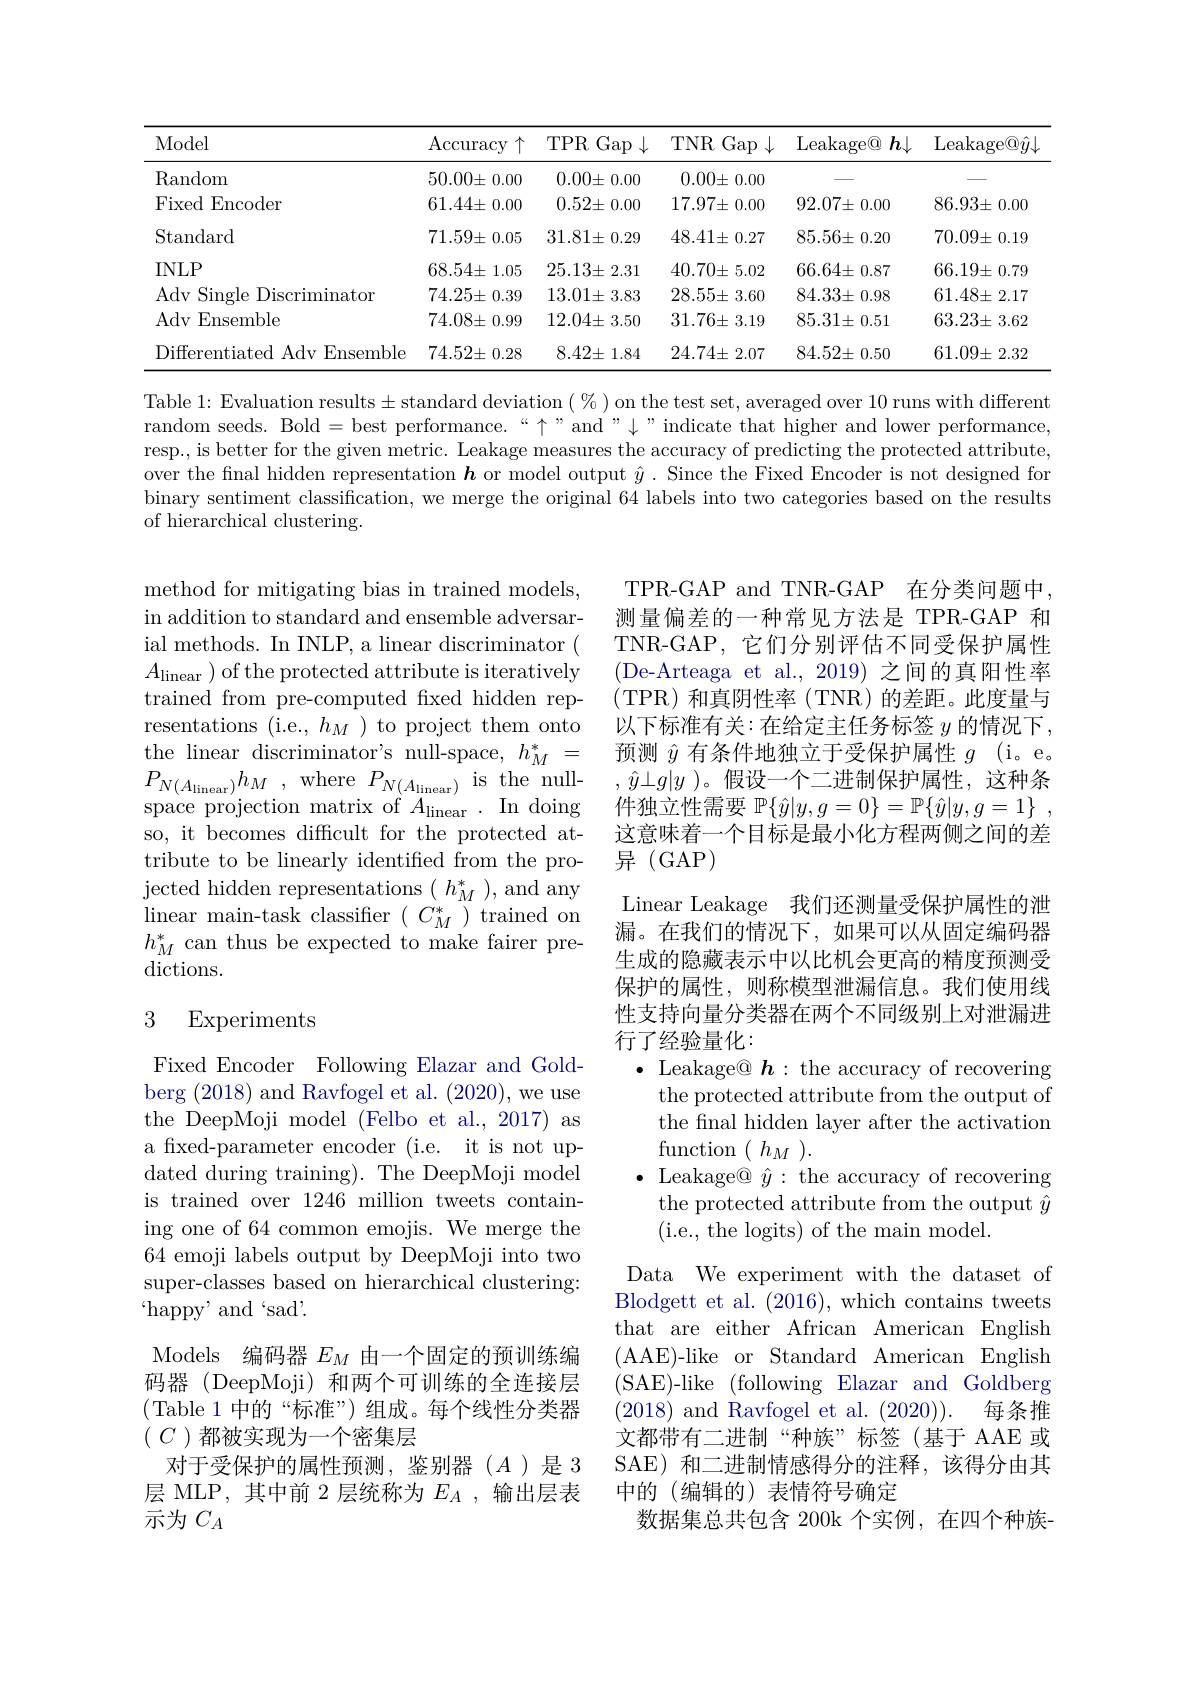
<table>
	<tbody>
		<tr>
			<th>Model</th>
			<th>$\operatorname{Accuracy}$ $\uparrow$</th>
			<th>TPR Gap</th>
			<th>TNR Gap</th>
			<th>Leakage@ $h\downarrow$ 1</th>
			<th>$\operatorname{Leakage@}\hat{y}\downarrow$</th>
		</tr>
		<tr>
			<td>Random</td>
			<td>$50.00\pm$ 0.00</td>
			<td>$0.00\pm$ :0.00 </td>
			<td>$0.00\pm$ =0.00</td>
			<td> </td>
			<td>\_</td>
		</tr>
		<tr>
			<td>Fixed Encoder</td>
			<td>$61.44\pm$ 0.00</td>
			<td>$0.52\pm$ $\vDash0.00$</td>
			<td>$17.97\pm0.00$</td>
			<td>$92.07\pm0.00$</td>
			<td>$86.93\pm$ 0.00 1</td>
		</tr>
		<tr>
			<td>Standard</td>
			<td>$71.59\pm$ 0.05</td>
			<td>$31.81\pm0.29$</td>
			<td>$48.41\pm0.27$</td>
			<td>$85.56\pm0.20$</td>
			<td>$70.09\pm$ $\vDash0.19$</td>
		</tr>
		<tr>
			<td>$INLP$</td>
			<td>$68.54\pm$ :1.05</td>
			<td>$25.13\pm2.31$</td>
			<td>$40.70\pm5.02$</td>
			<td>$66.64\pm0.87$</td>
			<td>$66.19\pm$ $\pm$ 0.79</td>
		</tr>
		<tr>
			<td>Adv Single Discriminator</td>
			<td>$74.25\pm$ =0.39</td>
			<td>$13.01\pm3.83$</td>
			<td>$28.55\pm3.60$</td>
			<td>$84.33\pm0.98$</td>
			<td>$61.48\pm$ =2.17</td>
		</tr>
		<tr>
			<td>Adv Ensemble</td>
			<td>$74.08\pm$ $\pm0.99$</td>
			<td>$12.04\pm3.50$</td>
			<td>$31.76\pm3.19$</td>
			<td>$85.31\pm0.51$</td>
			<td>$63.23\pm3.62$</td>
		</tr>
		<tr>
			<td>Differentiated Adv Ensemble</td>
			<td>$74.52\pm$ =0.28</td>
			<td>$8.42\pm1.84$</td>
			<td>$24.74\pm$ 2.07</td>
			<td>$84.52\pm0.50$</td>
			<td>$61.09\pm$ 2.32 </td>
		</tr>
	</tbody>
</table>

Table 1: Evaluation results± standard deviation $(\%)$ on the test set, averaged over 10 runs with different random seeds. Bold =best performance.“ "and " $\downarrow$”indicate that higher and lower performance, resp., is better for the given metric. Leakage measures the accuracy of predicting the protected attribute, over the fnal hidden representation $h$ or model output $\hat{y}.$ Since the Fixed Encoder is not designed for binary sentiment classification, we merge the original 64 labels into two categories based on the results of hierarchical clustering.

method for mitigating bias in trained models, in addition to standard and ensemble adversarial methods. In INLP, a linear discriminator ( $A_{\text{linear }})$ of the protected attribute is iteratively trained from pre-computed fxed hidden representations (i.e., $h_M)$ to project them onto the linear discriminator's null-space, $h_M^*=$ $P_{N( A_{\mathrm{linear}}) }h_{M}$ , where$P_{N( A_{\mathrm{linear}}) }$ is the nullspace projection matrix of $A_{\mathrm{linear}}.$ In doing so, it becomes difficult for the protected attribute to be linearly identified from the projected hidden representations $(h_{M}^{*})$,and any $\operatorname*{linear}$main-task classifier$(C_M^*)$trained on $h_M^*$can thus be expected to make fairer predictions.

TPR-GAP and TNR-GAP 在分类问题中， 测量偏差的一种常见方法是 TPR-GAP 和TNR-GAP,它们分别评估不同受保护属性(De-Arteaga et al.,2019)之间的真阳性率(TPR)和真阴性率(TNR)的差距。此度量与以下标准有关：在给定主任务标签$y$的情况下， 预测$\hat{y}$有条件地独立于受保护属性$g$ (i。e。$,\hat{y}\bot g|y$ )。假设一个二进制保护属性，这种条件独立性需要$\mathbb{P} \{ \hat{y} | y, g= 0\} = \mathbb{P} \{ \hat{y} | y, g= 1\}$ , 这意味着一个目标是最小化方程两侧之间的差异(GAP)
Linear Leakage 我们还测量受保护属性的泄漏。在我们的情况下，如果可以从固定编码器生成的隐藏表示中以比机会更高的精度预测受保护的属性，则称模型泄漏信息。我们使用线性支持向量分类器在两个不同级别上对泄漏进行了经验量化：
$\bullet$ Leakage@ $h:$ the accuracy of recovering
the protected attribute from the output of the fnal hidden layer after the activation $\operatorname { \mathrm{function}} ($ $h_{M}$ ).
$\bullet$ Leakage@ $\hat{y}:$ the accuracy of recovering
the protected attribute from the output $\hat{y}$
( i. e. , the logits) of the main model.
Data We experiment with the dataset of

### 3 Experiments

Fixed Encoder Following Elazar and Goldberg (2018) and Ravfogel et al. (2020), we use the DeepMoji model (Felbo et al., 2017) as a fixed-parameter encoder (i.e. it is not updated during training). The DeepMoji model is trained over 1246 million tweets containing one of 64 common emojis. We merge the 64 emoji labels output by DeepMoji into two super-classes based on hierarchical clustering: $`$happy' and‘sad’.

Models 编码器$E_M$由一个固定的预训练编码器(DeepMoji)和两个可训练的全连接层(Table 1 中的“标准”) 组成。每个线性分类器$(\begin{array}{c}C\end{array})$都被实现为一个密集层

Blodgett et al. (2016), which contains tweets that are either African American English ( AAE) - like or Standard American English ( SAE) - like ( following Elazar and Goldberg (2018) and Ravfogel et al.(2020)).
每条推
文都带有二进制“种族”标签(基于 AAE 或SAE) 和二进制情感得分的注释，该得分由其中的(编辑的)表情符号确定
数据集总共包含 200k 个实例，在四个种族-

对于受保护的属性预测，鉴别器(A)是 3层 MLP,其中前 2 层统称为$E_A$ ,输出层表

示为$C_A$